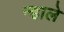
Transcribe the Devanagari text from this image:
न्हाले